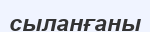
сыланғаны